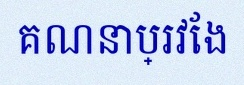
គណនាប្រវែង